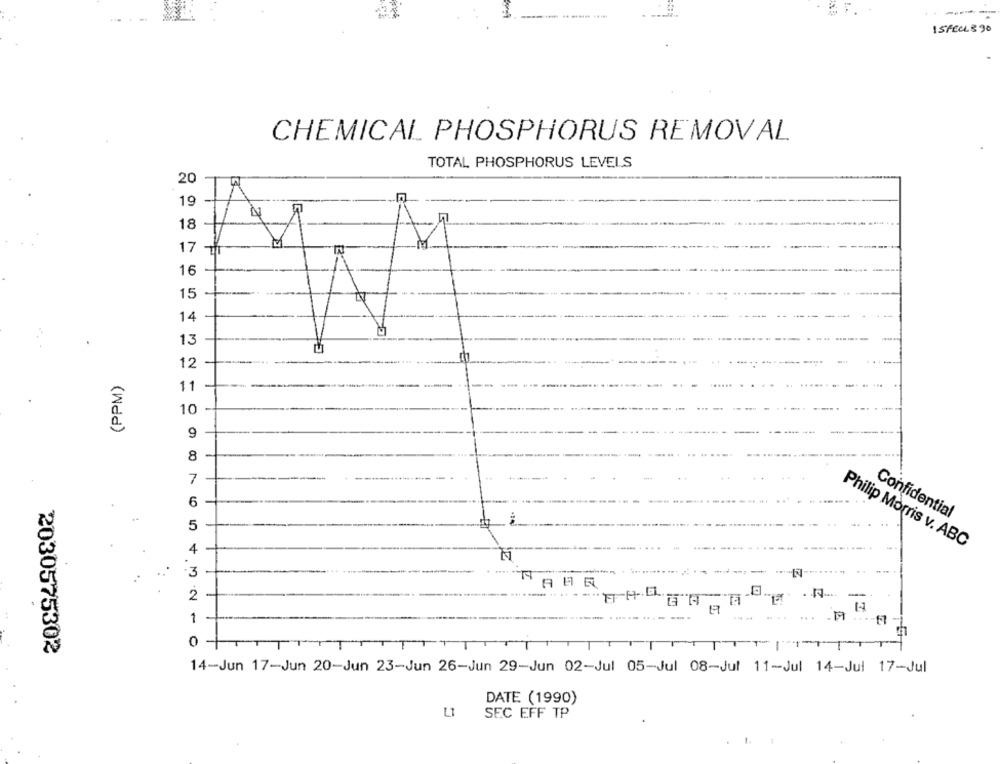
ISFECL390
CHEMICAL PHOSPHORUS REMOVAL
TOTAL PHOSPHORUS LEVELS
20
19
2
18
17
16
15
14
13
12
(PPM)
11
10
9
8
7
6
Confidential
5
4
Philip Morris v. ABC
3
2
-
1
.. .
.19
0
TTT/1111
2030575302
14-Jun 17-Jun 20-Jun 23-Jun 26-Jun 29-Jun 02-Jul 05-Jul 08-Jul 11-Jul 14-Jul 17-Jul
DATE (1990)
SEC EFF TP